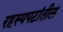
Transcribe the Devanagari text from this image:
रहस्यपटांतील